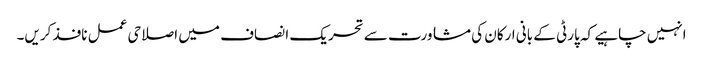
انہیں چاہیے کہ پارٹی کے بانی ارکان کی مشاورت سے تحریک ا نصاف میں اصلاحی عمل نافذ کریں۔